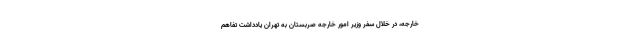
خارجه، در خلال سفر وزیر امور خارجه صربستان به تهران یادداشت تفاهم